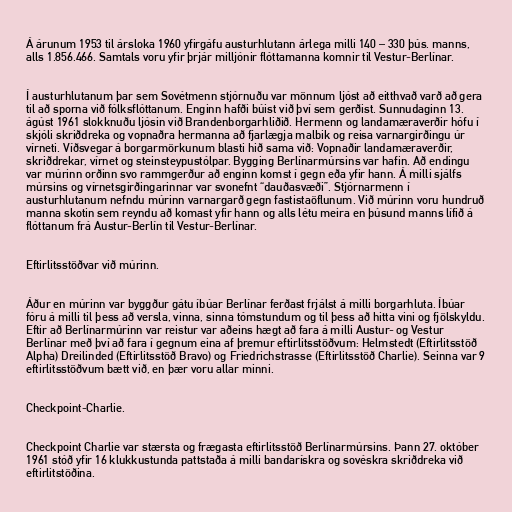
Á árunum 1953 til ársloka 1960 yfirgáfu austurhlutann árlega milli 140 – 330 þús. manns,
alls 1.856.466. Samtals voru yfir þrjár milljónir flóttamanna komnir til Vestur-Berlínar.

Í austurhlutanum þar sem Sovétmenn stjórnuðu var mönnum ljóst að eitthvað varð að gera
til að sporna við fólksflóttanum. Enginn hafði búist við því sem gerðist. Sunnudaginn 13.
ágúst 1961 slokknuðu ljósin við Brandenborgarhliðið. Hermenn og landamæraverðir hófu í
skjóli skriðdreka og vopnaðra hermanna að fjarlægja malbik og reisa varnargirðingu úr
vírneti. Víðsvegar á borgarmörkunum blasti hið sama við: Vopnaðir landamæraverðir,
skriðdrekar, vírnet og steinsteypustólpar. Bygging Berlínarmúrsins var hafin. Að endingu
var múrinn orðinn svo rammgerður að enginn komst í gegn eða yfir hann. Á milli sjálfs
múrsins og vírnetsgirðingarinnar var svonefnt “dauðasvæði”. Stjórnarmenn í
austurhlutanum nefndu múrinn varnargarð gegn fastistaöflunum. Við múrinn voru hundruð
manna skotin sem reyndu að komast yfir hann og alls létu meira en þúsund manns lífið á
flóttanum frá Austur-Berlín til Vestur-Berlínar.

Eftirlitsstöðvar við múrinn.

Áður en múrinn var byggður gátu íbúar Berlínar ferðast frjálst á milli borgarhluta. Íbúar
fóru á milli til þess að versla, vinna, sinna tómstundum og til þess að hitta vini og fjölskyldu.
Eftir að Berlínarmúrinn var reistur var aðeins hægt að fara á milli Austur- og Vestur
Berlínar með því að fara í gegnum eina af þremur eftirlitsstöðvum: Helmstedt (Eftirlitsstöð
Alpha) Dreilinded (Eftirlitsstöð Bravo) og Friedrichstrasse (Eftirlitsstöð Charlie). Seinna var 9
eftirlitsstöðvum bætt við, en þær voru allar minni.

Checkpoint-Charlie.

Checkpoint Charlie var stærsta og frægasta eftirlitsstöð Berlínarmúrsins. Þann 27. október
1961 stóð yfir 16 klukkustunda pattstaða á milli bandarískra og sovéskra skriðdreka við
eftirlitstöðina.